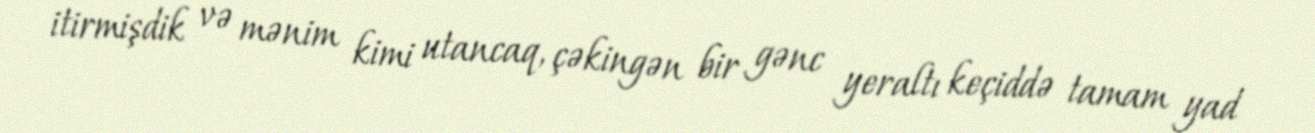
itirmişdik və mənim kimi utancaq, çəkingən bir gənc yeraltı keçiddə tamam yad